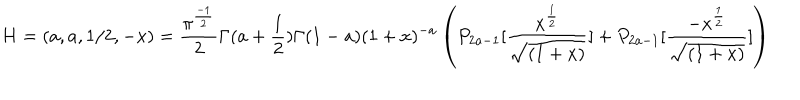
H = ( a , a , 1 / 2 , - x ) = { \frac { \pi ^ { { \frac { - 1 } { 2 } } } } { 2 } } \Gamma ( a + { \frac { 1 } { 2 } } ) \Gamma ( 1 - a ) ( 1 + x ) ^ { - a } \left( P _ { 2 a - 1 } [ { \frac { x ^ { \frac { 1 } { 2 } } } { \sqrt { ( 1 + x ) } } } ] + P _ { 2 a - 1 } [ { \frac { - x ^ { \frac { 1 } { 2 } } } { \sqrt { ( 1 + x ) } } } ] \right)